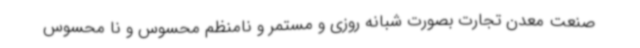
صنعت معدن تجارت بصورت شبانه روزی و مستمر و نامنظم محسوس و نا محسوس